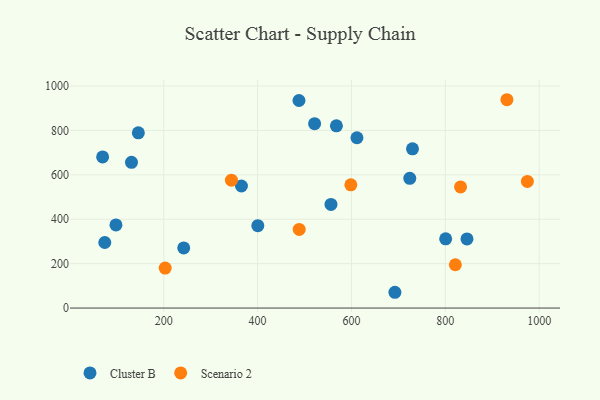
{"axis": {"x": "Price", "y": "Yield"}, "legend": ["Cluster B", "Scenario 2"], "data": [{"x": "800.8", "y": 311.9, "type": "Cluster B"}, {"x": "145.9", "y": 789.2, "type": "Cluster B"}, {"x": "488.2", "y": 934.7, "type": "Cluster B"}, {"x": "365.6", "y": 549.6, "type": "Cluster B"}, {"x": "724.3", "y": 584.3, "type": "Cluster B"}, {"x": "242.6", "y": 270.9, "type": "Cluster B"}, {"x": "69.8", "y": 680.7, "type": "Cluster B"}, {"x": "131.3", "y": 656.1, "type": "Cluster B"}, {"x": "611.7", "y": 767.0, "type": "Cluster B"}, {"x": "74.4", "y": 295.3, "type": "Cluster B"}, {"x": "400.5", "y": 371.0, "type": "Cluster B"}, {"x": "568.0", "y": 820.6, "type": "Cluster B"}, {"x": "846.2", "y": 311.3, "type": "Cluster B"}, {"x": "98.2", "y": 374.5, "type": "Cluster B"}, {"x": "692.6", "y": 71.1, "type": "Cluster B"}, {"x": "556.4", "y": 466.6, "type": "Cluster B"}, {"x": "521.5", "y": 830.3, "type": "Cluster B"}, {"x": "730.1", "y": 717.1, "type": "Cluster B"}, {"x": "931.3", "y": 938.2, "type": "Scenario 2"}, {"x": "488.7", "y": 354.3, "type": "Scenario 2"}, {"x": "344.3", "y": 576.1, "type": "Scenario 2"}, {"x": "974.9", "y": 570.4, "type": "Scenario 2"}, {"x": "832.5", "y": 545.4, "type": "Scenario 2"}, {"x": "598.7", "y": 554.9, "type": "Scenario 2"}, {"x": "821.4", "y": 195.1, "type": "Scenario 2"}, {"x": "203.1", "y": 180.0, "type": "Scenario 2"}]}